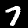
Digit: 7